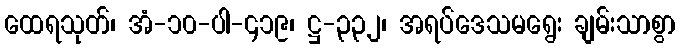
ထေရသုတ်၊ အံ-၁၀-ပါ-၄၁၉၊ ဋ္ဌ-၃၃၂၊ အရပ်ဒေသမရွေး ချမ်းသာစွာ